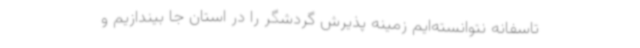
تاسفانه نتوانسته‌ایم زمینه پذیرش گردشگر را در استان جا بیندازیم و